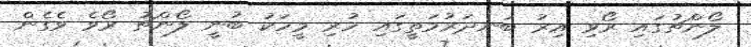
ލޯންޗުގައި ރޯވި އިރު ބަނދަރުމަތީގައި ހުރި މީހަކު ބުނީ ލޯންޗު ރޯވެ ވެގެން